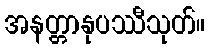
အနတ္တာနုပဿီသုတ်။